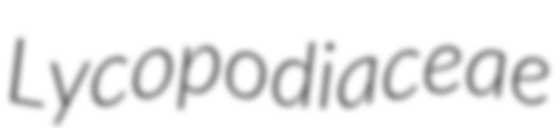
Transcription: Lycopodiaceae